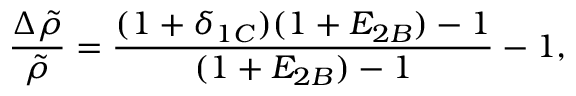
\frac { \Delta \tilde { \rho } } { \tilde { \rho } } = \frac { ( 1 + \delta _ { 1 C } ) ( 1 + E _ { 2 B } ) - 1 } { ( 1 + E _ { 2 B } ) - 1 } - 1 ,